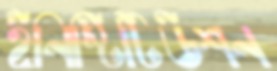
ইনিস্টিটিউশন